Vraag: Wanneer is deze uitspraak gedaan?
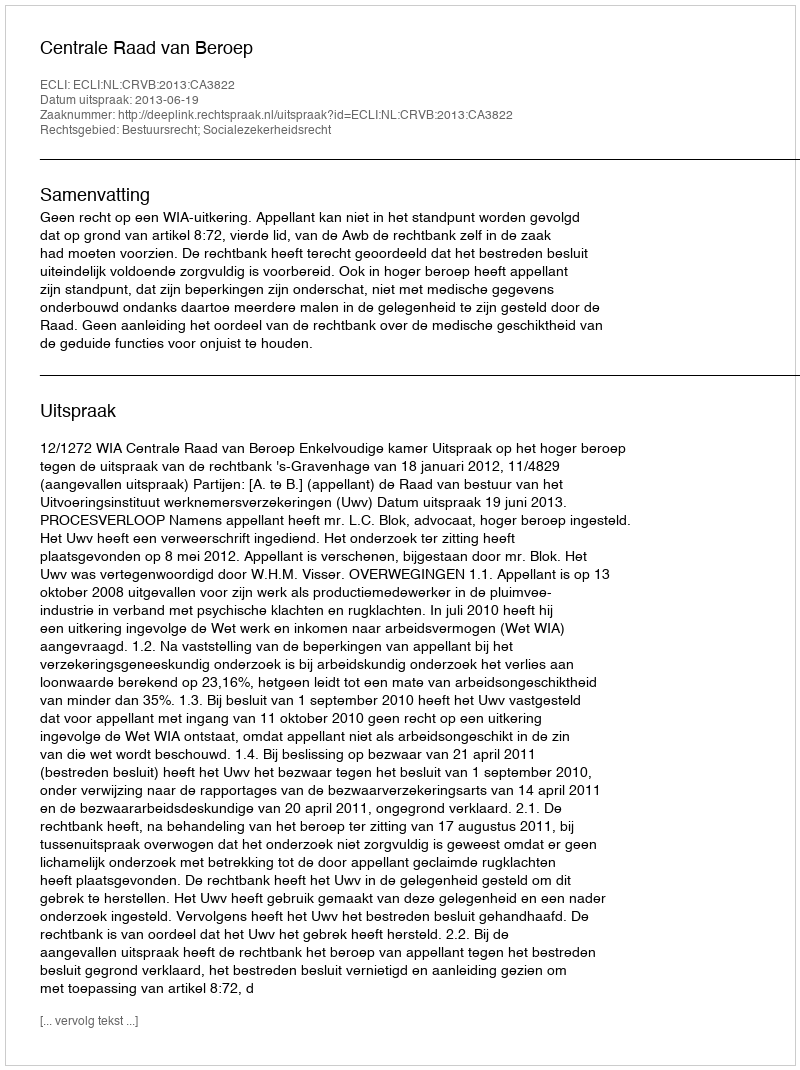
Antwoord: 2013-06-19